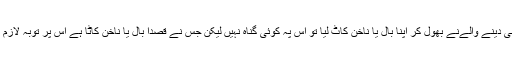
قربانی دینے والےنے بھول کر اپنا بال یا ناخن کاٹ لیا تو اس پہ کوئی گناہ نہیں لیکن جس نے قصدا بال یا ناخن کاٹا ہے اس پر توبہ لازم ہے ۔